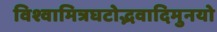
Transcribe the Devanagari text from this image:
विश्वामित्रघटोद्भवादिमुनयो